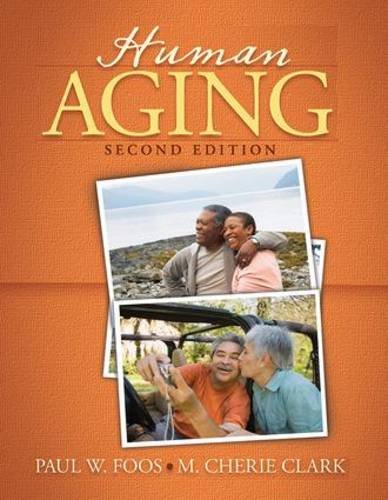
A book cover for Human Aging; Paul W. Foos; Medical Books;